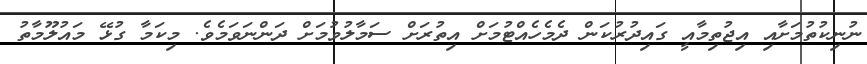
ނުނިކުތުމަށާއި އިޖުތިމާއީ ގައިދުރުކަން ދެމެހެއްޓުމަށް އިތުރަށް ސަމާލުވުމަށް ދަންނަވަމެވެ. މިކަމާ ގުޅޭ މައުލޫމާތު